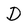
Character: D